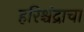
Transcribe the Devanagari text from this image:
हरिश्चंद्राचा